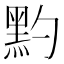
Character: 䵠